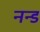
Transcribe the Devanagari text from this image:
नन्ड